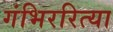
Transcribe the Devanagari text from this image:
गंभिररित्या